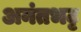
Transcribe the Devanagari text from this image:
अनंतभट्ट